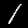
Digit: 1